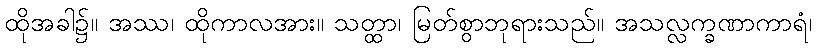
ထိုအခါ၌။ အဿ၊ ထိုကာလအား။ သတ္ထာ၊ မြတ်စွာဘုရားသည်။ အသလ္လက္ခဏာကာရံ၊